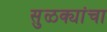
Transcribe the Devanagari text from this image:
सुळक्यांचा